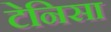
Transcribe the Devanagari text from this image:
टेनिसा